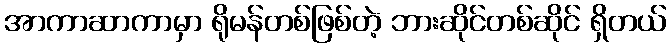
အာကာဆာကာမှာ ရိုမန်တစ်ဖြစ်တဲ့ ဘားဆိုင်တစ်ဆိုင် ရှိတယ်